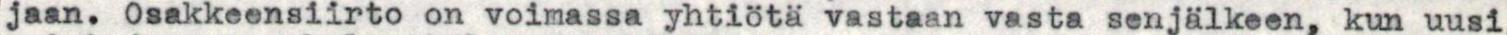
jaan. Osakkeensiirto on voimassa yhtiötä vastaan vasta senjälkeen, kun uusi